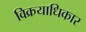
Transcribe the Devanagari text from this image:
विक्रयाधिकार